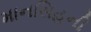
માનસિહની